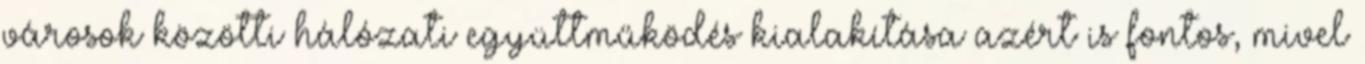
városok közötti hálózati együttműködés kialakítása azért is fontos, mivel